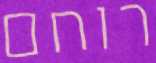
רוחם